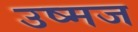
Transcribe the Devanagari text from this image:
उष्मज